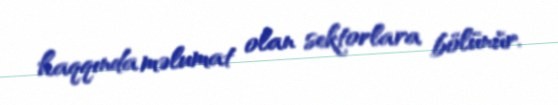
haqqında məlumat olan sektorlara bölünür.